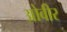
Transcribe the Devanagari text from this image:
ओवीर